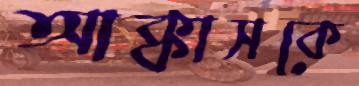
আক্কাসকে